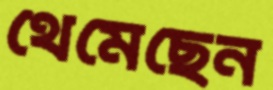
থেমেছেন